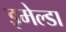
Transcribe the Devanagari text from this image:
इमेल्डा